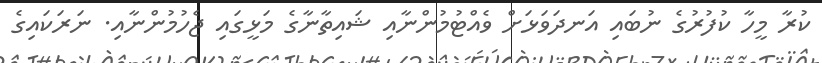
ކުރާ މީހާ ކުފުރުގެ ނުބައި އަނދަވަޅަށް ވެއްޓުމުންނާއި ޝައިތާނާގެ މަޅީގައި ޖެހުމުންނާއި. ނަރަކައިގެ